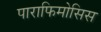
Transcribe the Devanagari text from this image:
पाराफिमोसिस